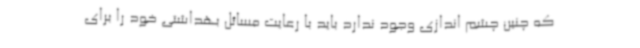
که چنین چشم اندازی وجود ندارد باید با رعایت مسائل بهداشتی خود را برای